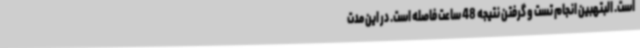
است. البتهبین انجام تست و گرفتن نتیجه 48 ساعت فاصله است. در این مدت